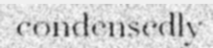
condensedly